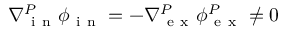
\nabla { } _ { \mathrm { ~ i ~ n ~ } } ^ { P } \boldsymbol \phi { } _ { \mathrm { ~ i ~ n ~ } } ^ { } = - \nabla { } _ { \mathrm { ~ e ~ x ~ } } ^ { P } \boldsymbol \phi { } _ { \mathrm { ~ e ~ x ~ } } ^ { P } \neq 0